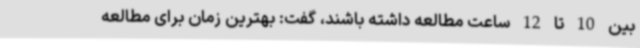
بین 10 تا 12 ساعت مطالعه داشته باشند، گفت: بهترین زمان برای مطالعه